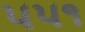
૫૫૧